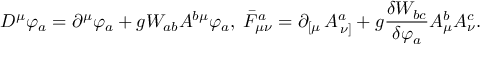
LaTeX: D ^ { \mu } \varphi _ { a } = \partial ^ { \mu } \varphi _ { a } + g W _ { a b } A ^ { b \mu } \varphi _ { a } , \; \bar { F } _ { \mu \nu } ^ { a } = \partial _ { \left[ \mu \right. } A _ { \left. \nu \right] } ^ { a } + g \frac { \delta W _ { b c } } { \delta \varphi _ { a } } A _ { \mu } ^ { b } A _ { \nu } ^ { c } .